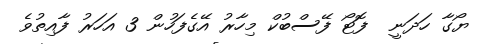
ޔޯގާ ހަދަނީ  ފޮޓޯ ފޭސްބުކް މިހާރު އޭގެފަހުން 3 އަހަރު ފާއިތުވެ